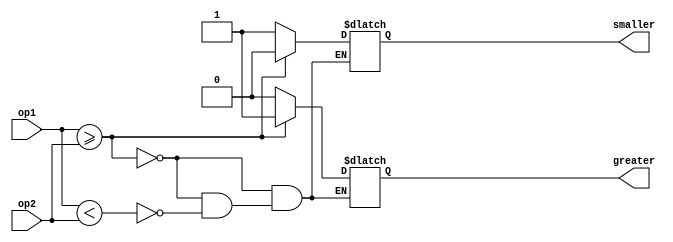
`timescale 1ns / 1ps

module cmp(
                input [3:0] op1,
                input [3:0] op2,
                output reg greater,
                output reg smaller
           );
 always@(*)
  if(op1>=op2)
   begin
     greater=1;
     smaller=0;
   end
  else if(op1<op2)
   begin
     smaller=1;
     greater=0;
   end
endmodule